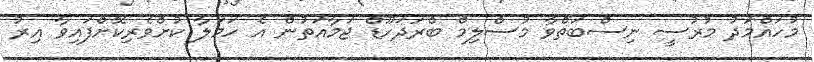
މުހައްމަދު މުރުސީ ނިސްބަތްވާ މުސްލިމް ބްރަދަހޫޑް ޖަމާއަތުން އެ ހަމަލާ ކުށްވެރިކޮށްފައިވާ އިރު